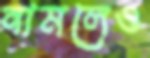
নামলেও